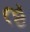
ઌ